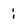
Character: i